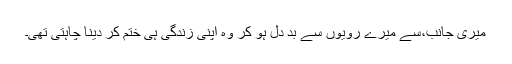
میری جانب،سے میرے رویوں سے بد دل ہو کر وہ اپنی زندگی ہی ختم کر دینا چاہتی تھی۔